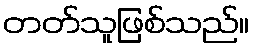
တတ်သူဖြစ်သည်။